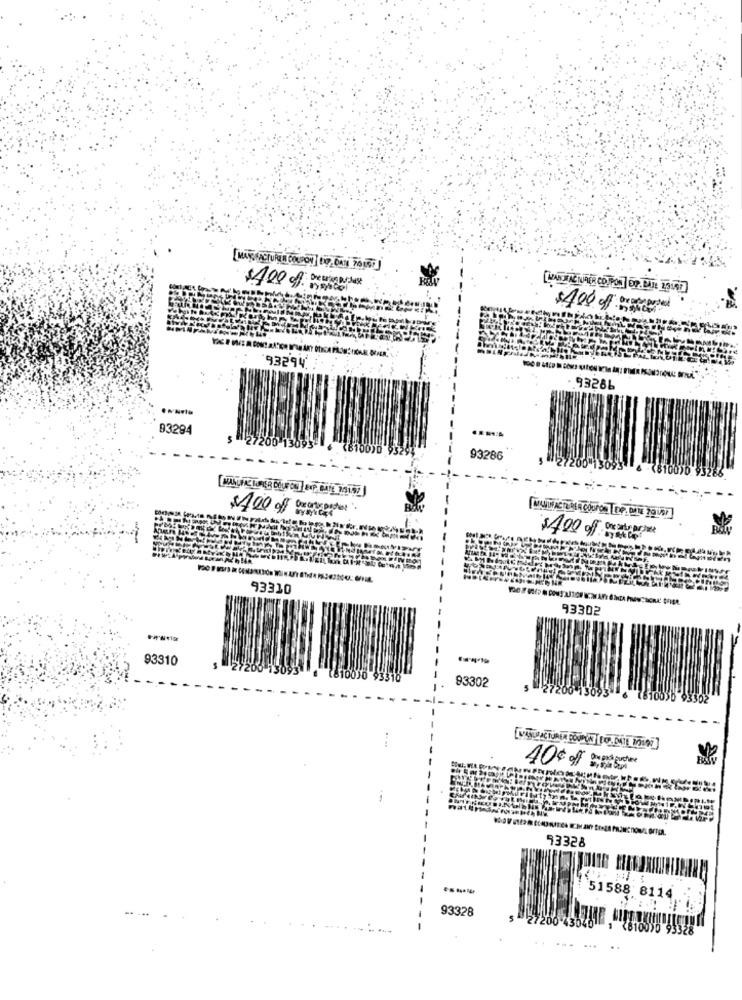
$400 off Dewywie
$400 off brew
93294 .
. 93286
83294
(8100)0
93286
$400 of quantoantes .
$400 off
93310
93302
93310
(810010 93316
93302
40¢ off og
93328
51588 8114
93328